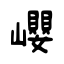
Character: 巊